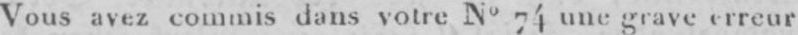
Vous avez commis dans votre No74 une grave erreur